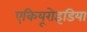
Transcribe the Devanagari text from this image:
एकियूरोइडिया